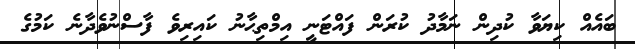
ބައެއް ކިޔަވާ ކުދިން ނަމާދު ކުރަން ފައްޓަނީ އިމްތިޙާނު ކައިރިވެ ފާސްނުވެދާނެ ކަމުގެ